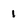
Character: 1